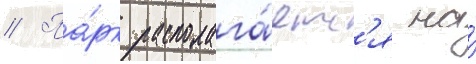
// Па́рк располага́етс'я на́